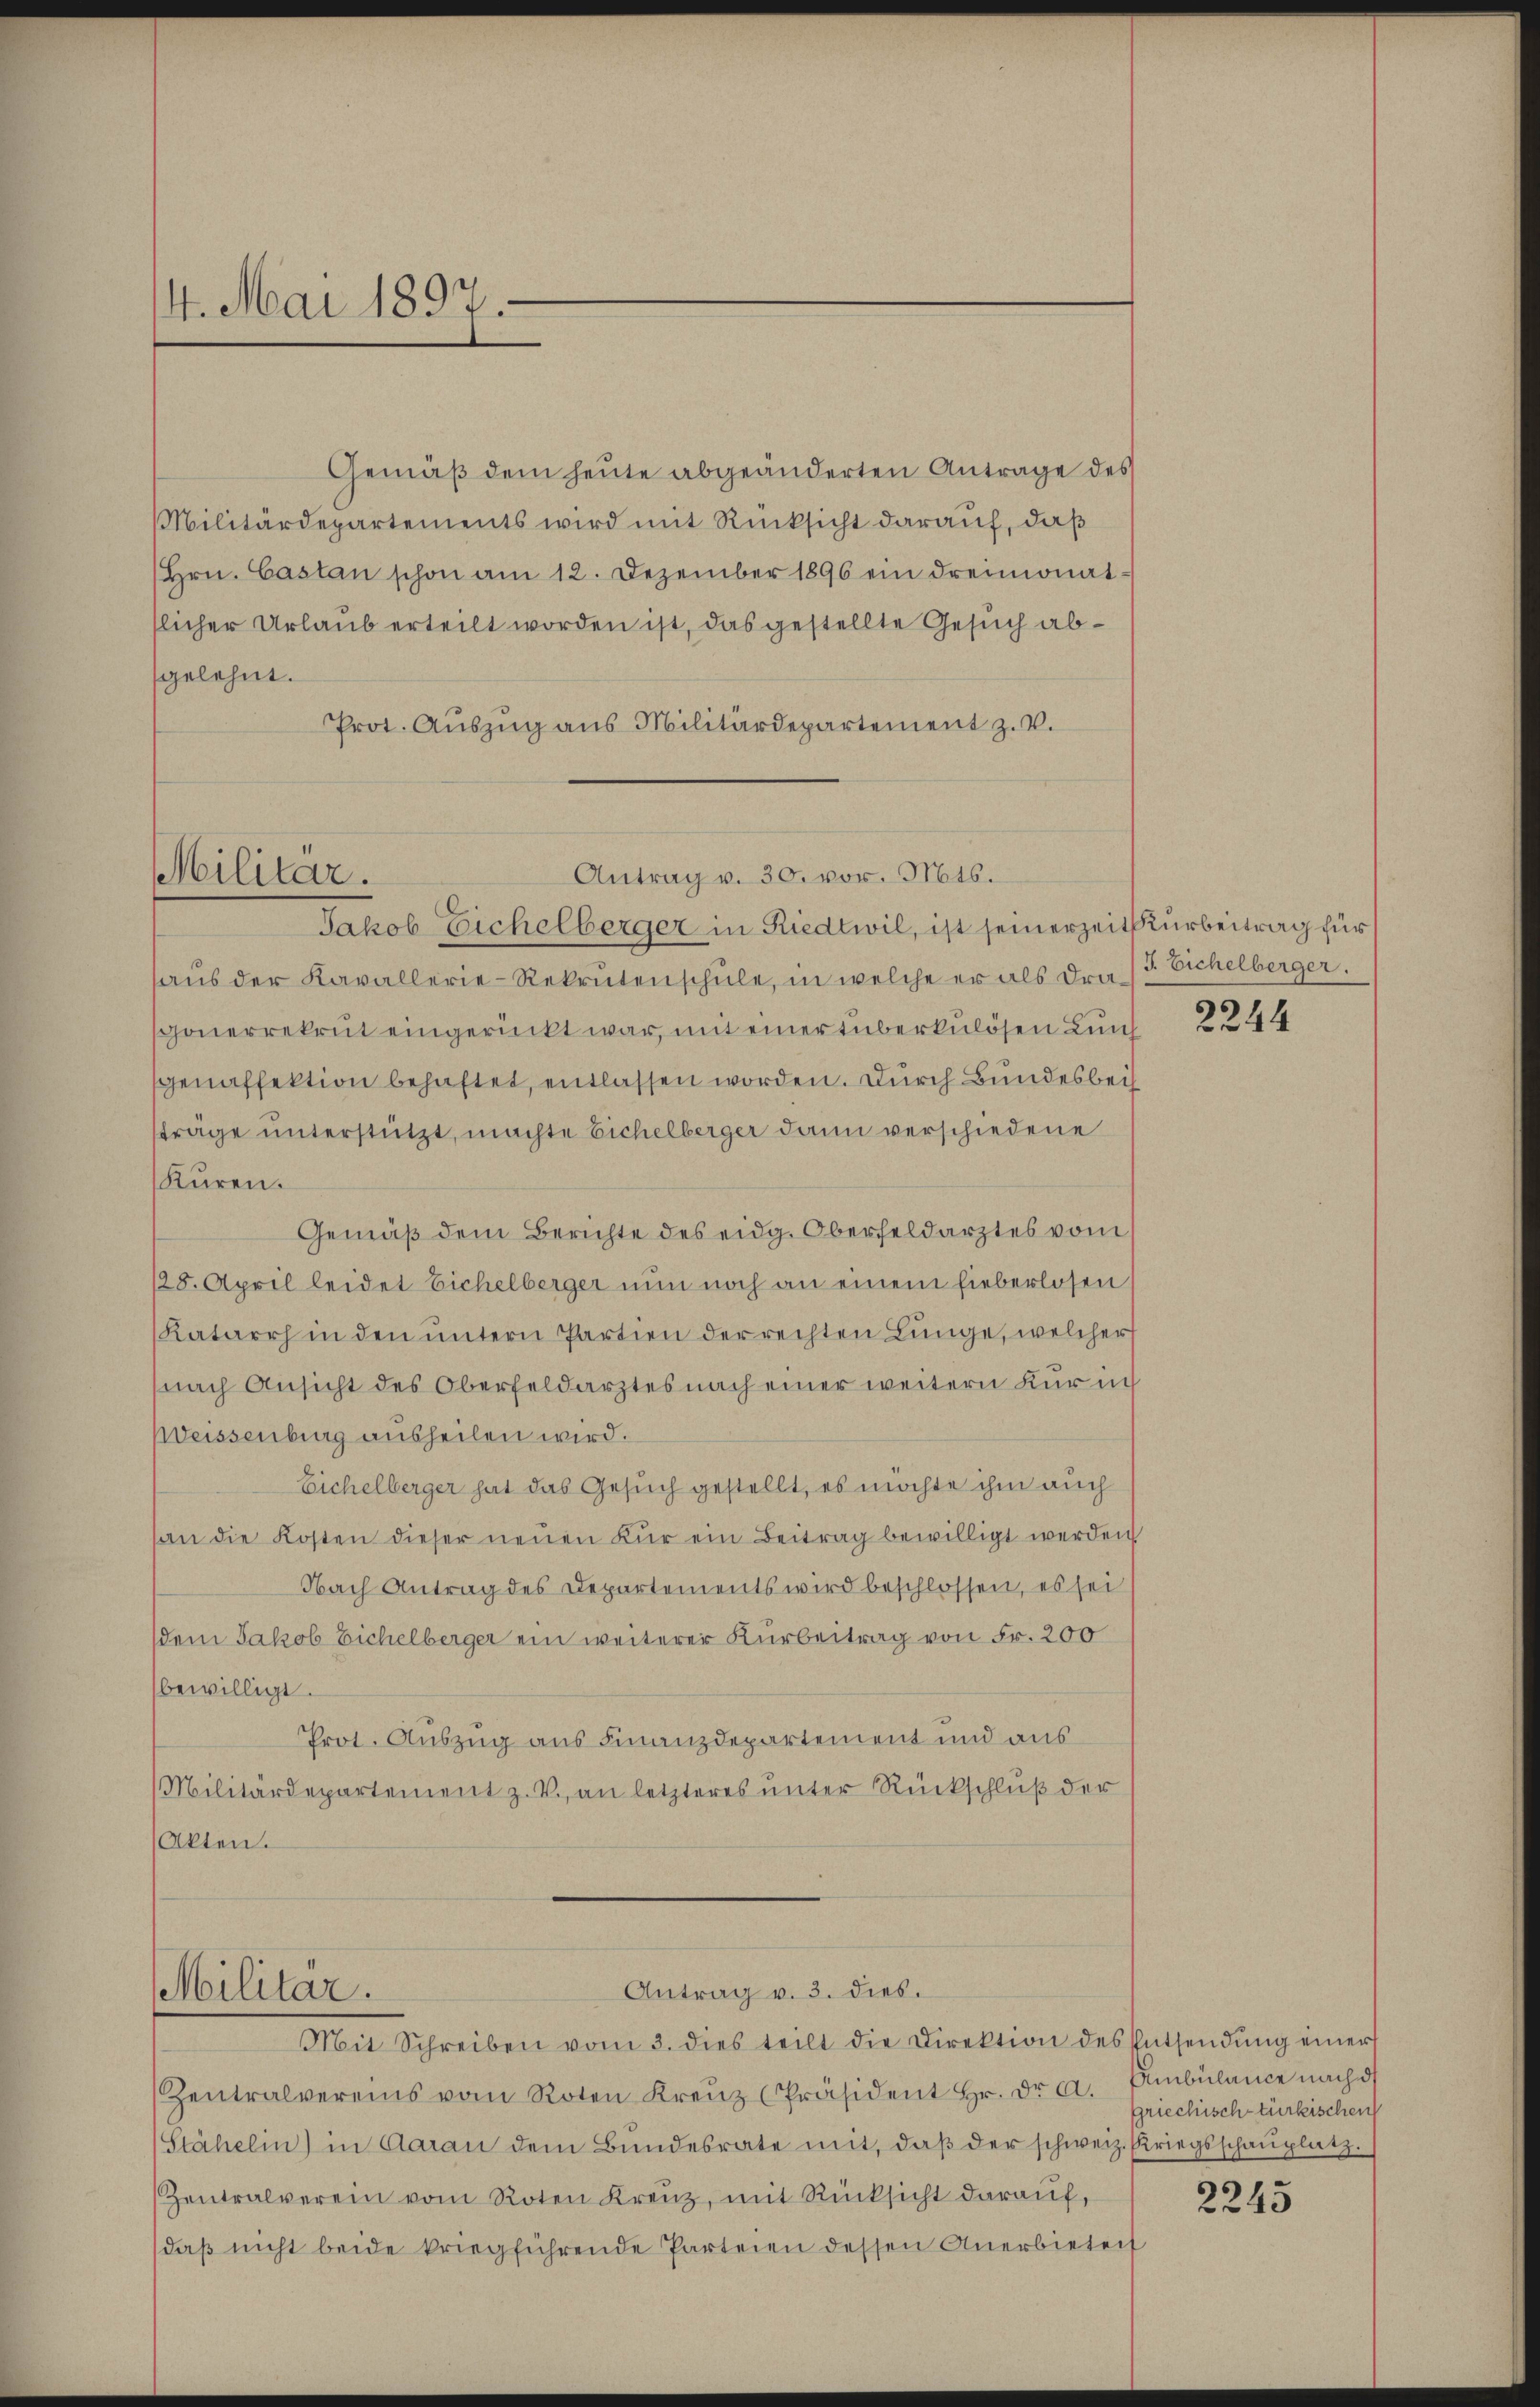
14. Mai 1897.

Gemäβ dem heŭte abgeänderten Antrage des
Militärdepartements wird mit Rücksicht darauf, daß
(Hrn. Castan schon am 12. Dezember 1896 ein dreimonat
slicher Urlaub erteilt worden ist, das gestellte Gesuch abgelehnt.
Prot. Auszug aus Militärdepartement z. v.

Militar.

Antrag v. 30. vor. Mts.
haŭs der Kavallerie-Rekrutenschŭle, in welche er als dra/3. Eichelberger.
schonenrekrut eingerückt war, mit einer Tuberkulösen Kuns
sgenaffektion behaftet, entlassen worden. Durch Bundesbei
fträge unterstützt, machte Eichelberger dann verschiedene
Kuren.
Gemäß dem Berichte des eidg. Oberfeldarztes vom
128. April leidet Eichelberger nun noch an einem fieberlosen
Katarrh in den untern Partien der rechten Lunge, welcher
(nach Ansicht des Oberfeldarztes nach einer weitern Kur in
Weissenburg ausheilen wird.
Eichelberger hat das Gesuch gestellt, es möchte ihm auch
an die Kosten dieser neŭen Für ein Beitrag bewilligt werden
Nach Antrag des Departements wird beschlossen, es sei
sdem Jakob Eichelberger ein weiterer Kurbeitrag von Fr. 200
bewilligt.
Prot. Auszug aus Finanzdepartement und aus
Militärdepartement z. V. an letzteres unter Rückschluß der
(Akten.

Militar.

Antrag v. 3. dies.
Mit Schreiben vom 3. dies teilt die Direktion des Entsendŭng einer

Jakob Eichelberger in Riedtwil, ist seinerzeit urbeitrag für

Zentralvereins vom Roten Kreŭz [Präsident Hr. Dr A. Ambülance nach de
Stähelin) in Aarau dem Bŭndesrate mit, daβ der schweiz. Kriegsschaŭplatz.
Zentralverein vom Roten Kreŭz, mit Rücksicht daraŭf,
daß nicht beide kriegführende Parteien dessen Anerbietent

2244

griechischtürkischen

2245